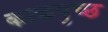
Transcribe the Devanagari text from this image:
काकपुच्छ